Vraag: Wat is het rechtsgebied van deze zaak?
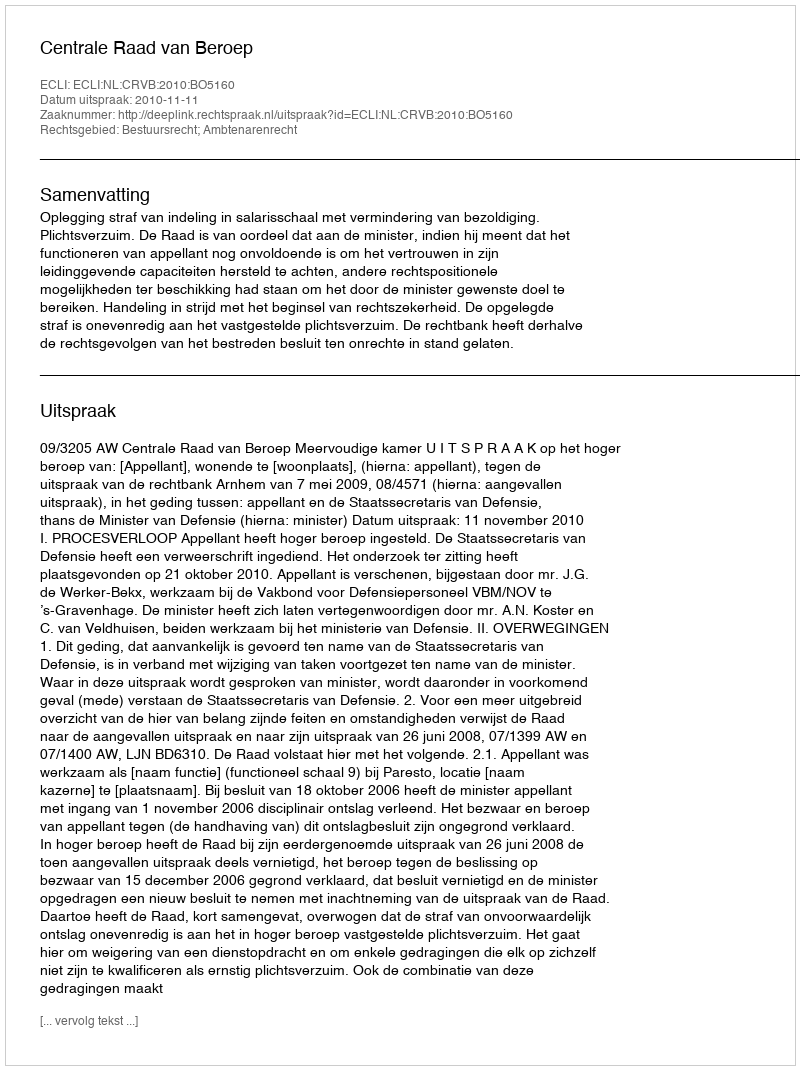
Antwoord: Bestuursrecht; Ambtenarenrecht